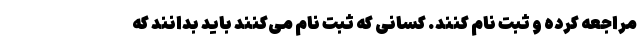
مراجعه کرده و ثبت نام کنند. کسانی که ثبت نام می‌کنند باید بدانند که